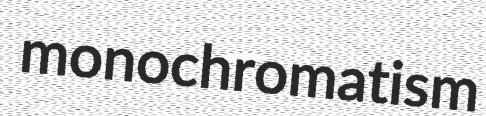
monochromatism